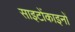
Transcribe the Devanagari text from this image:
साइटोंकाइनों